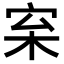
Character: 𪧌